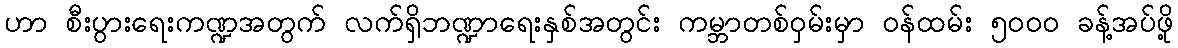
ဟာ စီးပွားရေးကဏ္ဍအတွက် လက်ရှိဘဏ္ဍာရေးနှစ်အတွင်း ကမ္ဘာတစ်ဝှမ်းမှာ ဝန်ထမ်း ၅၀၀၀ ခန့်အပ်ဖို့